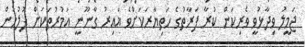
ޖަމީލު ވިދާޅުވީ ވެރިކަން ކުރާ ފަރާތުގެ ހަތިޔާރަކަށްވެ ޣައިރު ގާނޫނީ އަމުރުތަކަށް ފުލުހުން